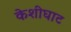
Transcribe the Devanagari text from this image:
केशीघाट